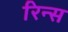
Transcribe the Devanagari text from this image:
रिन्स